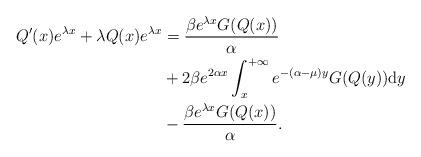
LaTeX: \begin{align*}Q^{\prime}(x)e^{\lambda x}+\lambda Q(x)e^{\lambda x}&=\frac{\beta e^{\lambda x}G(Q(x))}{\alpha} \\&+2\beta e^{2\alpha x} \int_{x}^{+\infty}e^{-(\alpha-\mu )y} G(Q(y))\mathrm{d}y\\&-\frac{\beta e^{\lambda x}G(Q(x))}{\alpha}.\end{align*}